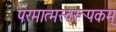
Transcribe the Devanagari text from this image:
परमात्मस्वरूपकम्